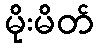
မိုးမိတ်